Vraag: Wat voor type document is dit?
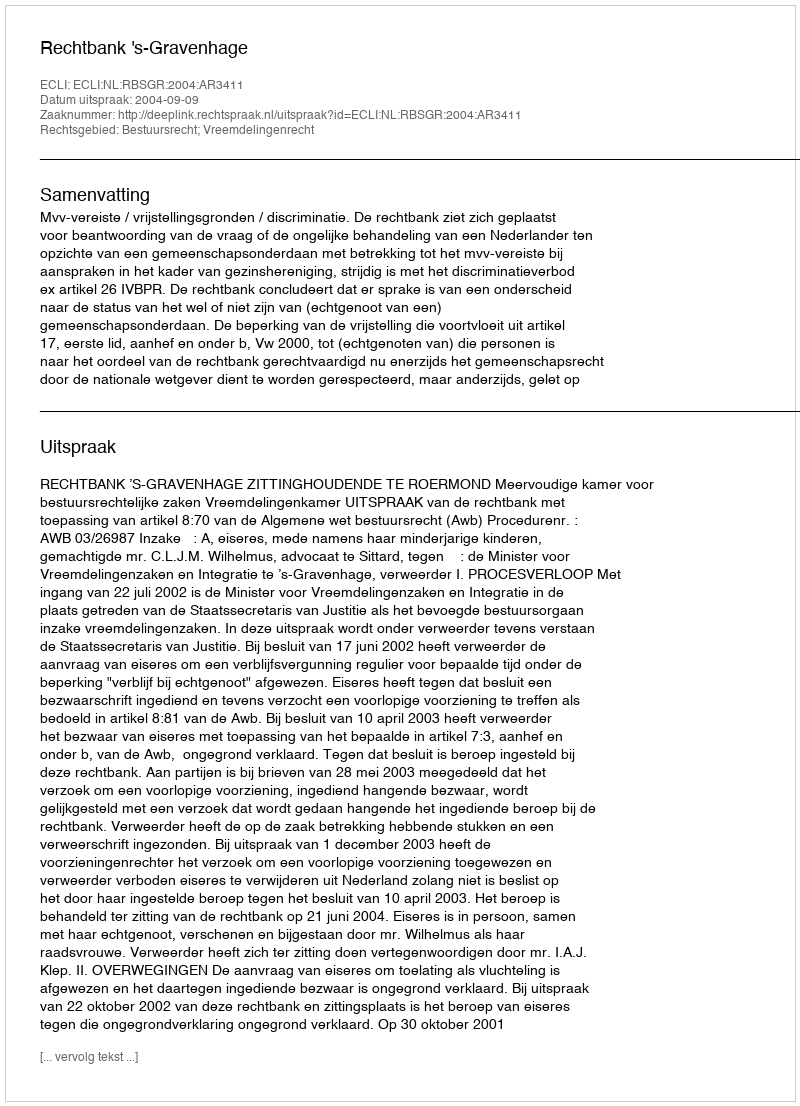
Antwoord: Uitspraak